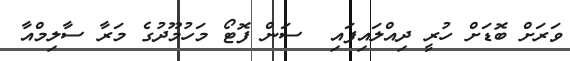
ވަރަށް ބޮޑަށް ހުރީ ދިއްލައިފައި  ސަން ފޮޓޯ މަހުމޫދުގެ މަރާ ސާލިމްއާ